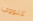
كلووي